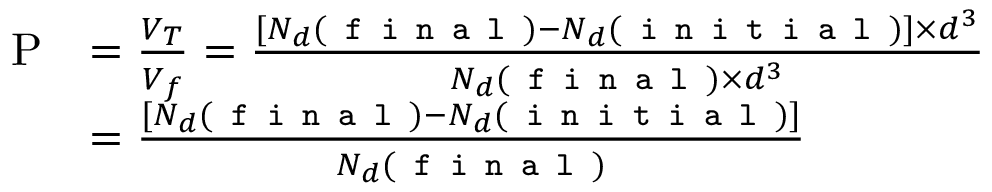
\begin{array} { r l } { \mathrm { P } } & { = \frac { V _ { T } } { V _ { f } } = \frac { [ N _ { d } ( \texttt { f i n a l } ) - N _ { d } ( \texttt { i n i t i a l } ) ] \times d ^ { 3 } } { N _ { d } ( \texttt { f i n a l } ) \times d ^ { 3 } } } \\ & { = \frac { [ N _ { d } ( \texttt { f i n a l } ) - N _ { d } ( \texttt { i n i t i a l } ) ] } { N _ { d } ( \texttt { f i n a l } ) } } \end{array}